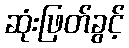
ဆုံးဖြတ်ခွင့်